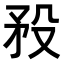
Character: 𥍟